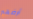
أرضهم